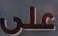
على